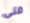
فتى